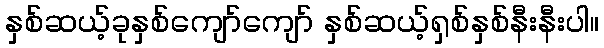
နှစ်ဆယ့်ခုနှစ်ကျော်ကျော် နှစ်ဆယ့်ရှစ်နှစ်နီးနီးပါ။